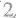
2